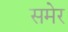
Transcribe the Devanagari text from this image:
समेर